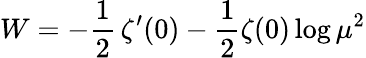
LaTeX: W=-\frac{1}{2}\, \zeta^{\prime}(0)-\frac{1}{2}\zeta(0)\log\mu^{2}